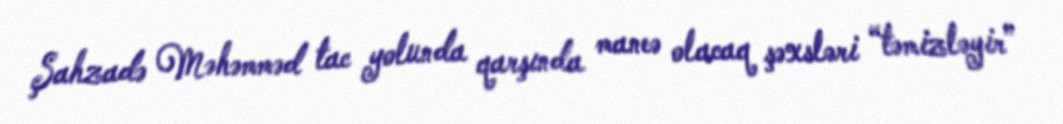
Şahzadə Məhəmməd tac yolunda qarşında maneə olacaq şəxsləri “təmizləyir”